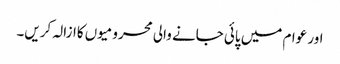
اور عوام میں پائی جانے والی محرومیوں کاازالہ کریں۔